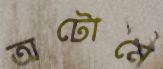
অটোমে